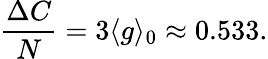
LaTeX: \begin{array}{ccc}{\displaystyle{\frac{\Delta C}{N}=3\langle g\rangle_{0}\approx 0.533.}}\end{array}